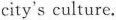
city's culture.